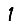
Digit: 1